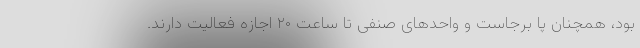
بود، همچنان پا برجاست و واحدهای صنفی تا ساعت ۲۰ اجازه فعالیت دارند.